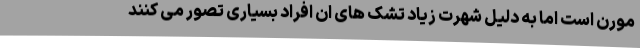
مورن است اما به دلیل شهرت زیاد تشک های ان افراد بسیاری تصور می کنند